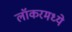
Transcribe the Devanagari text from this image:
लॉकरमध्ये